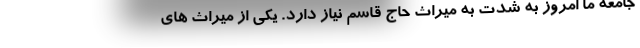
جامعه ما امروز به شدت به میراث حاج قاسم نیاز دارد. یکی از میراث های